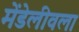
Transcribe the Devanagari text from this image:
मेंडेलीवला